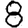
Digit: 8